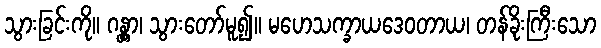
သွားခြင်းကို။ ဂန္တွာ၊ သွားတော်မူ၍။ မဟေသက္ခာယဒေဝတာယ၊ တန်ခိုးကြီးသော